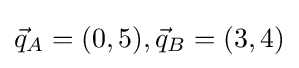
{\vec {q}}_{A}=(0,5),{\vec {q}}_{B}=(3,4)